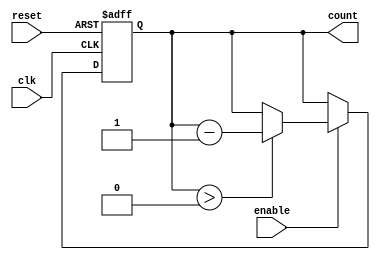
module down_counter (
    input wire clk,        // Clock signal
    input wire reset,      // Asynchronous active-high reset
    input wire enable,     // Active-high enable signal
    output reg [N-1:0] count // Current value of the counter
);
    parameter N = 4; // Define the width of the counter (e.g., 4 bits)

    // Maximum value for the counter (N-bit counter)
    localparam MAX_COUNT = (1 << N) - 1; // 2^N - 1

    // Asynchronous reset and counting logic
    always @(posedge clk or posedge reset) begin
        if (reset) begin
            count <= MAX_COUNT; // Reset to maximum value
        end else if (enable) begin
            if (count > 0) begin
                count <= count - 1; // Decrement the count
            end
            // If count is 0, it stays at 0
        end
    end
endmodule